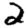
Digit: 2